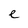
Character: e